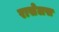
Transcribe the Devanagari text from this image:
रासेलस